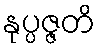
နုပ္ပဇ္ဇတိ